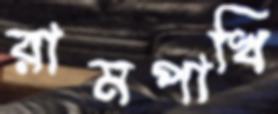
রামপাখি